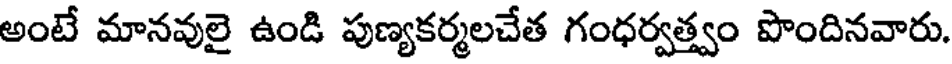
అంటే మానవులై ఉండి పుణ్యకర్మలచేత గంధర్వత్త్వం పొందినవారు.